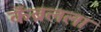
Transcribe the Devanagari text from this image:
कॅब्रलला